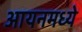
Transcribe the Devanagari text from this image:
आयनमध्ये